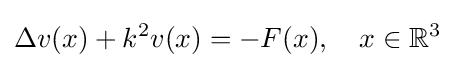
\Delta v(x)+k^{2}v(x)=-F(x),\quad x\in \mathbb {R} ^{3}